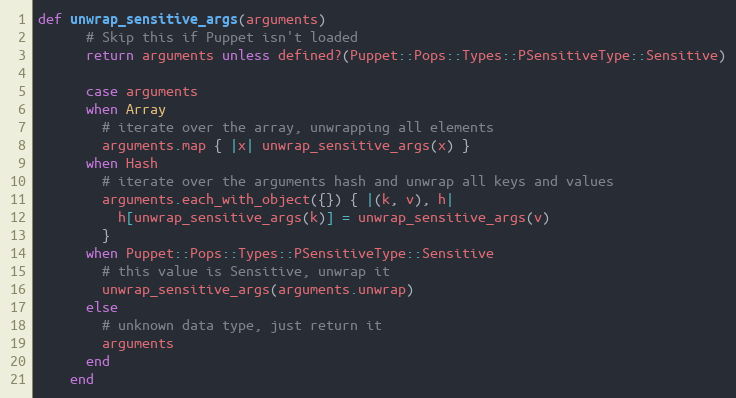
Language: Ruby
def unwrap_sensitive_args(arguments)
      # Skip this if Puppet isn't loaded
      return arguments unless defined?(Puppet::Pops::Types::PSensitiveType::Sensitive)

      case arguments
      when Array
        # iterate over the array, unwrapping all elements
        arguments.map { |x| unwrap_sensitive_args(x) }
      when Hash
        # iterate over the arguments hash and unwrap all keys and values
        arguments.each_with_object({}) { |(k, v), h|
          h[unwrap_sensitive_args(k)] = unwrap_sensitive_args(v)
        }
      when Puppet::Pops::Types::PSensitiveType::Sensitive
        # this value is Sensitive, unwrap it
        unwrap_sensitive_args(arguments.unwrap)
      else
        # unknown data type, just return it
        arguments
      end
    end